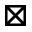
\boxtimes